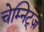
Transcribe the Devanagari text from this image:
चेम्निट्ज़